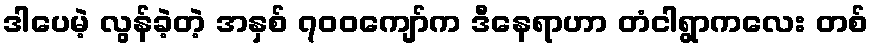
ဒါပေမဲ့ လွန်ခဲ့တဲ့ အနှစ် ၇၀၀ကျော်က ဒီနေရာဟာ တံငါရွာကလေး တစ်